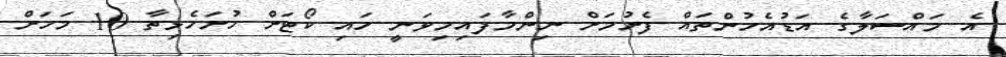
އެ މައްސަލާގެ އަޑުއެހުންތައް ފެށުމަށް ނިންމާފައިމިވަނީ ހައި ކޯޓަށް ހުށަހެޅިތާ 10 މަހަށް